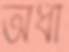
অধী